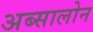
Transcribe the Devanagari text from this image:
अब्सालोन